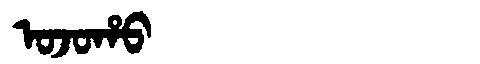
Manchu: ᠣᠵᠣᡥᠣ
Romanization: OJOHO